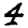
Digit: 4